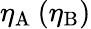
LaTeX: \eta_{\mathrm{A}}\: (\eta_{\mathrm{B}})